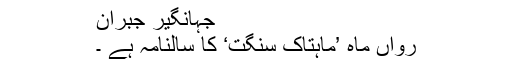
جہانگیر جبران
رواں ماہ ’ماہتاک سنگت‘ کا سالنامہ ہے ۔